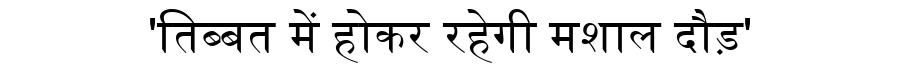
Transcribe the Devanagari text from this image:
'तिब्बत में होकर रहेगी मशाल दौड़'